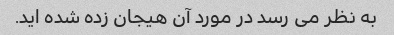
به نظر می رسد در مورد آن هیجان زده شده اید.